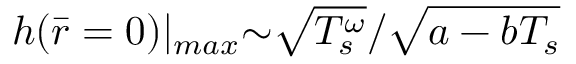
h ( \bar { r } = 0 ) | _ { m a x } { \sim } \sqrt { T _ { s } ^ { \omega } } / \sqrt { a - b T _ { s } }